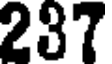
237